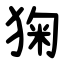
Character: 㹼